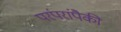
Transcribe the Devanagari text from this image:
परंपरांपैकी